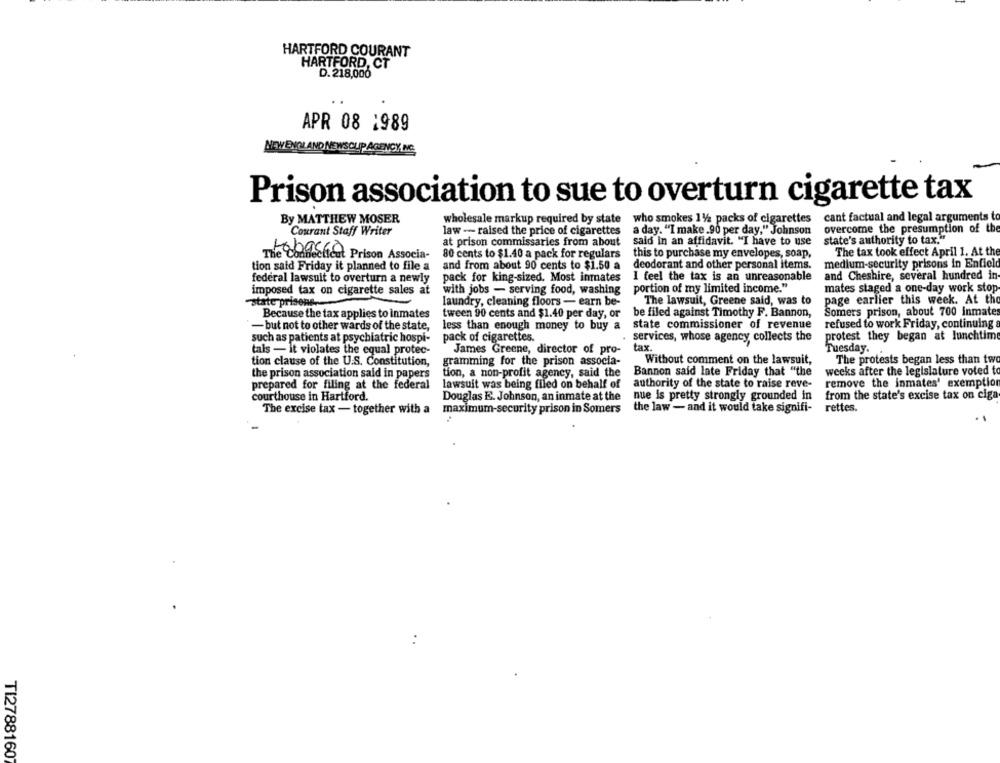
HARTFORD COURANT
HARTFORD, CT
D. 218,000
APR 08 1989
NEW ENGLAND NEWSCUP AGENCY. NO
Prison association to sue to overturn cigarette tax
By MATTHEW MOSER
wholesale markup required by state who smokes 112 packs of cigarettes cant factual and legal arguments to
overcome the presumption of the
Courant Staff Writer
law - raised the price of cigarettes
a day. "I make .90 per day," Johnson
at prison commissaries from about
said In an affidavit. "I have to use
state's authority to tax."
The tax took effect April 1. At the
The Connecticut Prison Associa-
80 cents to $1.40 a pack for regulars
this to purchase my envelopes, soap,
tion said Friday it planned to file a
and from about 90 cents to $1.50 a
deodorant and other personal items.
medium-security prisons in Enfield
federal lawsuit to overturn a newly
pack for king-sized. Most inmates
I feel the tax is an unreasonable
and Cheshire, several hundred in
imposed tax on cigarette sales at
with jobs - serving food, washing
portion of my limited income."
mates staged a one-day work stop
-state prisone ...
laundry, cleaning floors - earn be-
The lawsuit, Greene said, was to
page earlier this week. At the
tween 90 cents and $1.40 per day, or
be filed against Timothy F. Bannon,
Somers prison, about 700 inmates
Because the tax applies to inmates
- but not to other wards of the state,
less than enough money to buy a
state commissioner of revenue
refused to work Friday, continuing
protest they began at lunchtime
such as patients at psychiatric hospi-
pack of cigarettes.
services, whose agency collects the
tais - it violates the equal protec-
James Greene, director of pro-
tax.
Tuesday.
The protests began less than two
tion clause of the U.S. Constitution,
gramming for the prison associa-
Without comment on the lawsuit,
the prison association said in papers
tion, a non-profit agency, said the
Bannon said late Friday that "the
weeks after the legislature voted to
prepared for filing at the federal
lawsuit was being filed on behalf of
authority of the state to raise reve-
remove the inmates' exemption
courthouse in Hartford.
Douglas E. Johnson, an inmate at the
nue is pretty strongly grounded in
from the state's excise tax on ciga
The excise tax - together with a
maximum-security prison in Somers
the law - and it would take signifi-
rettes.
TI27881607